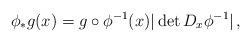
LaTeX: \begin{align*}\phi_* g(x) = g \circ \phi^{-1}(x) |\det D_x \phi^{-1}| \, ,\end{align*}